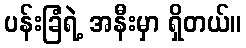
ပန်းခြံရဲ့ အနီးမှာ ရှိတယ်။